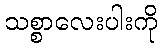
သစ္စာလေးပါးကို